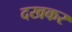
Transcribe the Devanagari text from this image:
दखकर